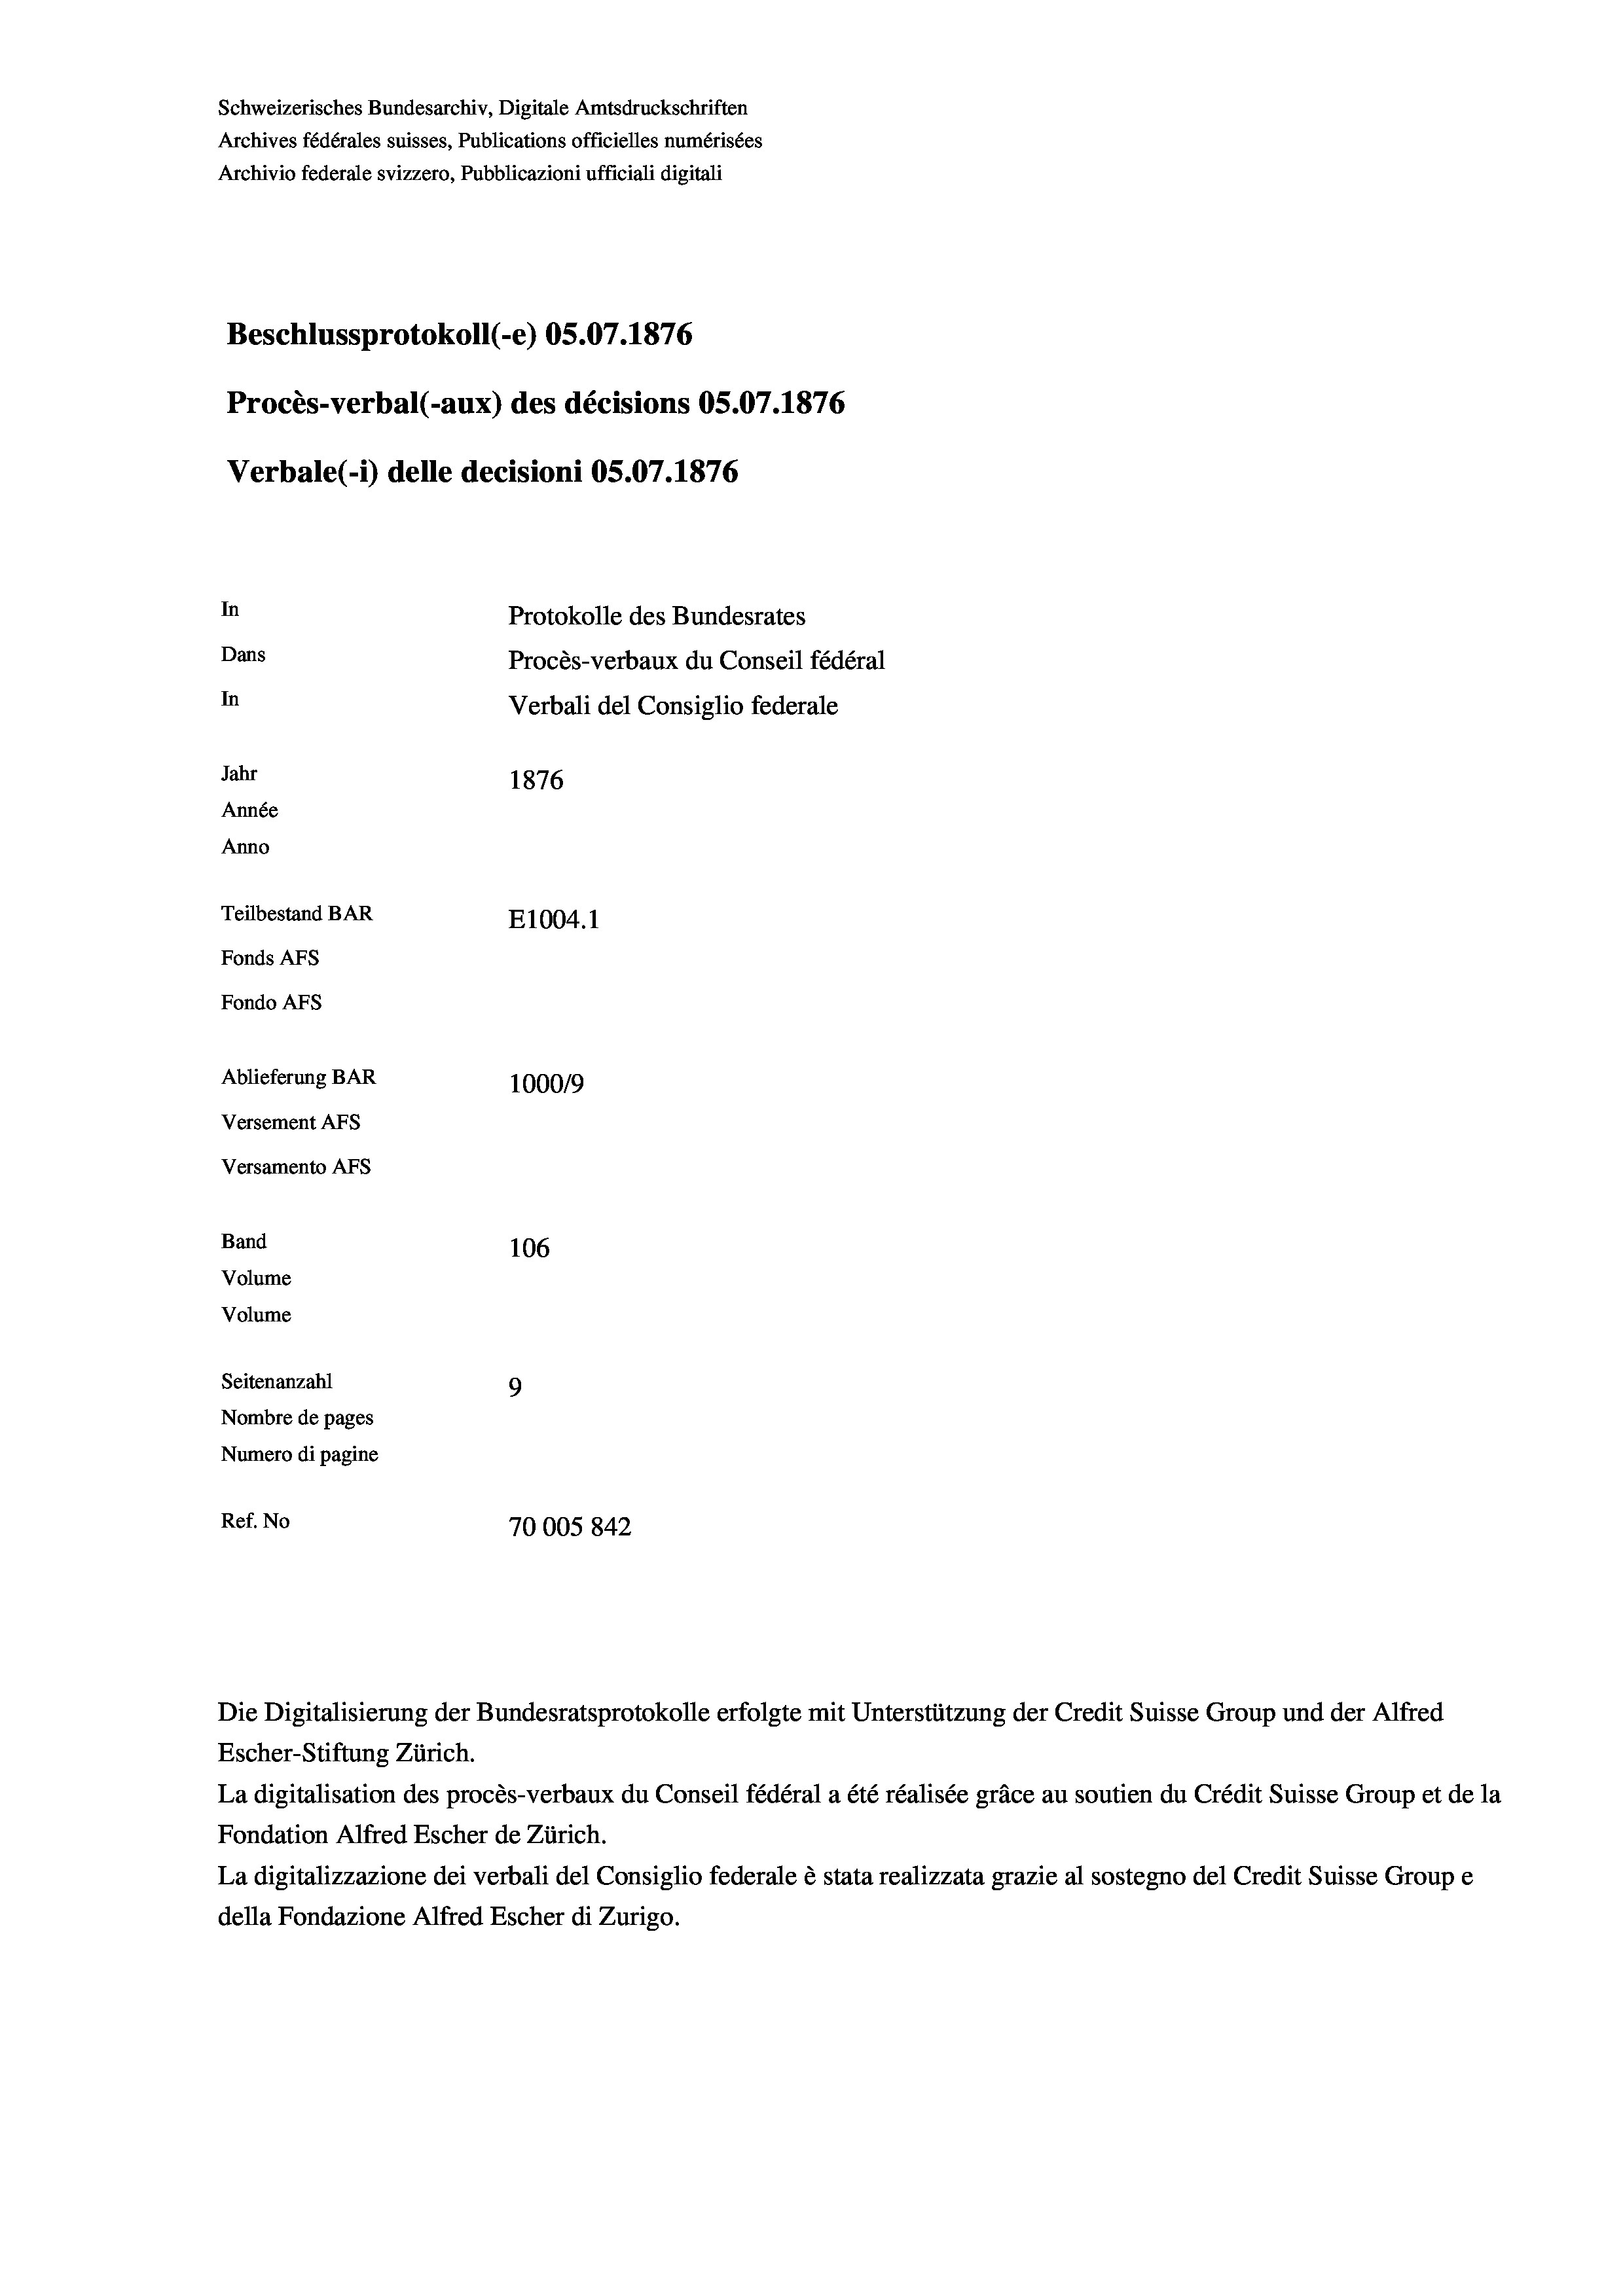
Schweizerisches Bundesarchiv, Digitale Amtsdruckschriften
Archives fédérales suisses, Publications officielles numérisées
Archivio federale svizzero, Pubblicazioni ufficiali digitali
Beschlussprotokoll (-e) 05.07. 1876
Procès-verbal (-aux) des décisions OS.07.1876
Verbale (1) delle decisioni OS.07. 1876
In
Protokolle des Bundesrates
Dans
Procès-verbaux du Conseil fédéral
In
Verbali del Consiglio federale
Jahr
1876
Année
Anno
Teilbestand BAR
E1004. 1
Fonds AFs
Fondo AFS
Ablieferung BAR
1000/9
Versement Abs
Versamento Afs
Band
106
Volume
Volume
Seitenanzahl
9
Nombre de pages
Numero di pagine
Ref. No
70005842

Escher-Stiftung Zürich.
La digitalisation des procès-verbaux du Conseil fédéral a été réalisée gräce au soutien du Crédit Suisse Group et de la
Fondation Alfred Escher de Zürich.
La digitalizzazione dei verbali del Consiglio federale è stata realizzata grazie al sostegno del Credit Suisse Groupe
della Fondazione Alfred Escher di Zurigo.

Die Digitalisierung der Bundesratsprotokolle erfolgte mit Unterstützung der Credit Suisse Group und der Alfred